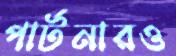
পার্টনারও